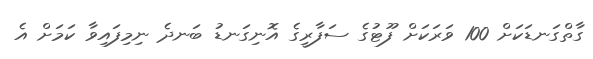
ގާތްގަނޑަކަށް 100 ވަރަކަށް ފޫޓުގެ ސަފާރީގެ އޮނިގަނޑު ބަނދެ ނިމިފައިވާ ކަމަށް އެ